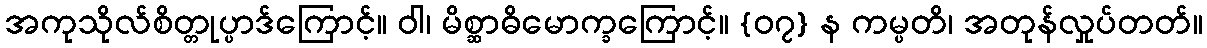
အကုသိုလ်စိတ္တုပ္ပာဒ်ကြောင့်။ ဝါ၊ မိစ္ဆာဓိမောက္ခကြောင့်။ {၀၇} န ကမ္ပတိ၊ အတုန်လှုပ်တတ်။